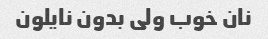
نان خوب ولی بدون نایلون